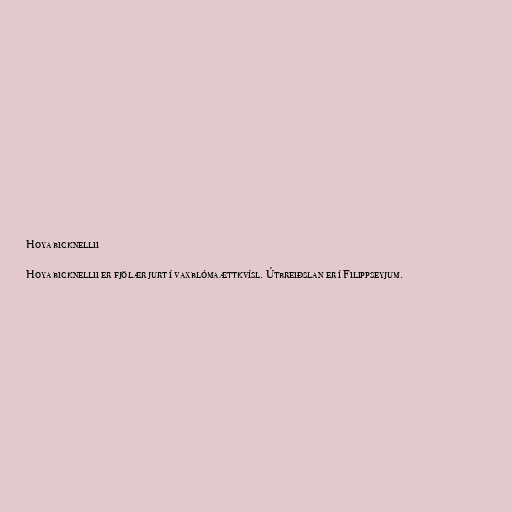
Hoya bicknellii

Hoya bicknellii er fjölær jurt í vaxblómaættkvísl. Útbreiðslan er í Filippseyjum.